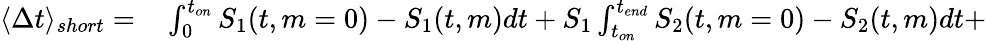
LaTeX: \begin{array}{rl}{\langle\Delta t\rangle_{short}=}&{{}\int_{0}^{t_{on}}S_{1}(t,m=0)-S_{1}(t,m)dt+S_{1}\int_{t_{on}}^{t_{end}}S_{2}(t,m=0)-S_{2}(t,m)dt+}\end{array}